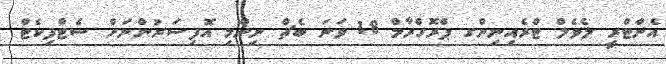
އެންޓްރީ ލެވެލް ޓްރެއިނިންގ ޕްރޮގްރާމް 18 ވަނަ ބެޗް ނިންމި އޮފިސަރުންނަށް ސެޓްފިކެޓް